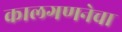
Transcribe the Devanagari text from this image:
कालगणनेचा